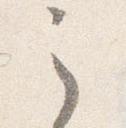
之